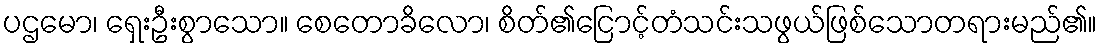
ပဌမော၊ ရှေးဦးစွာသော။ စေတောခိလော၊ စိတ်၏ငြောင့်တံသင်းသဖွယ်ဖြစ်သောတရားမည်၏။